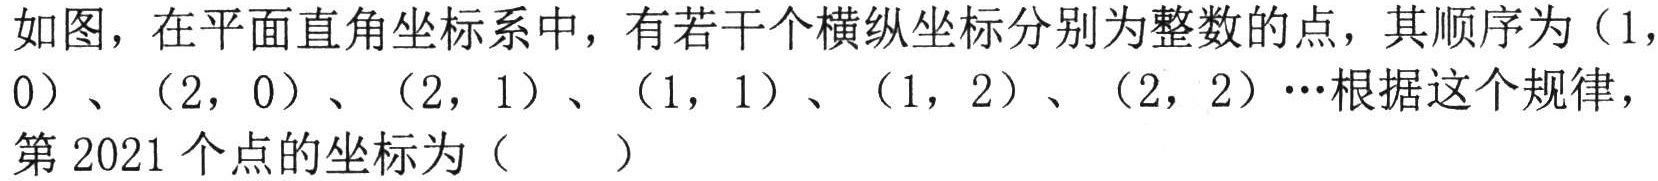
如图，在平面直角坐标系中，有若干个横纵坐标分别为整数的点，其顺序为\((1,0)\)、\((2,0)\)、\((2,1)\)、\((1,1)\)、\((1,2)\)、\((2,2)\cdots\)根据这个规律，第\(2021\)个点的坐标为（  ）